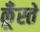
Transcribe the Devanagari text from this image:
कूँस्ते